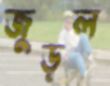
জুড়ল